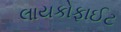
લાયકોફાઈટ